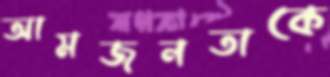
আমজনতাকে